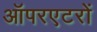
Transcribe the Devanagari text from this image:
ऑपरएटरों